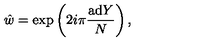
\hat { w } = \exp \left( 2 i \pi { \frac { \mathrm { a d } Y } { N } } \right) ,